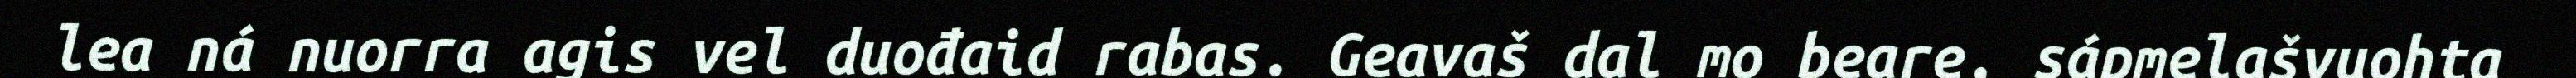
lea ná nuorra agis vel duođaid rabas. Geavaš dal mo beare, sápmelašvuohta